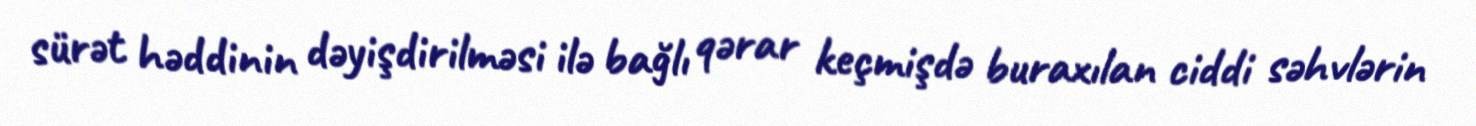
sürət həddinin dəyişdirilməsi ilə bağlı qərar keçmişdə buraxılan ciddi səhvlərin